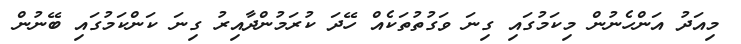
މިއަދު އަންހެނުން މިކަމުގައި ގިނަ ވަގުތުތަކެއް ހޭދަ ކުރަމުންދާއިރު ގިނަ ކަންކަމުގައި ބޭނުން